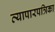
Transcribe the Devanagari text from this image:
व्यापारपत्रिका